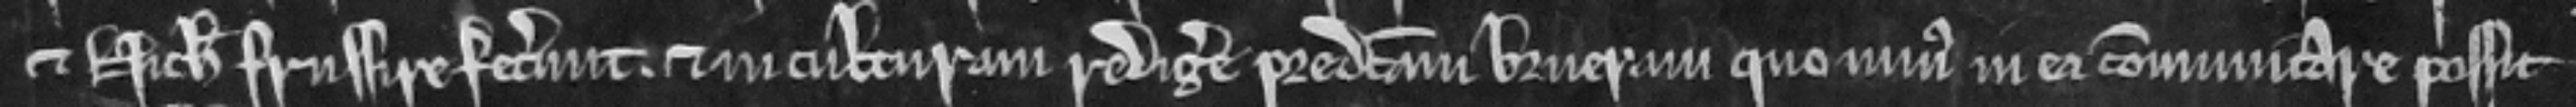
et Nicholaus frussire fecerunt et in culturam redigere predictam brueram quo minus in ea communicare possit